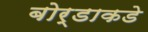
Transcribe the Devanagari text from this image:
बोर्डाकडे